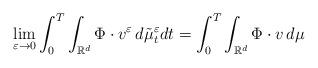
LaTeX: \begin{align*}\lim _{\varepsilon \to 0} \int _0 ^T \int_{\mathbb{R}^d } \Phi \cdot v^\varepsilon \, d\tilde{\mu}_t ^\varepsilon dt= \int _0 ^T \int_{\mathbb{R}^d } \Phi \cdot v \, d\mu\end{align*}